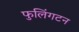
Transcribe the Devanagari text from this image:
फुलिंगटन